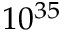
1 0 ^ { 3 5 }